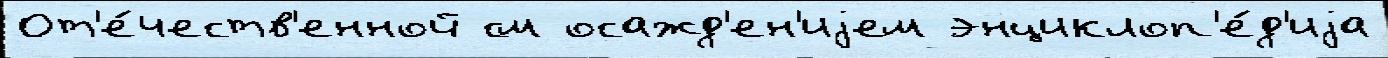
От'е́честв'енной см осажд'ен'иjем энциклоп'е́д'иjа